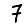
Digit: 7